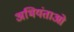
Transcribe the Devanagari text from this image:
अभियंताओ